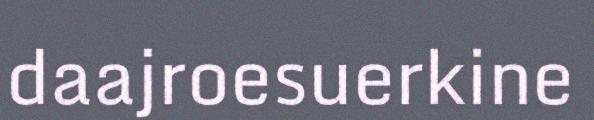
daajroesuerkine